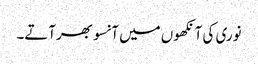
نوری کی آنکھوں میں آنسو بھرآتے۔